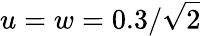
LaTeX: u=w=0.3/\sqrt{2}